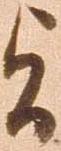
旨